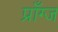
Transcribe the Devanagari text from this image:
प्राँग्ज